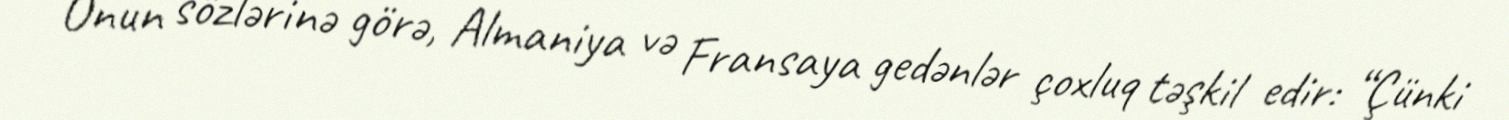
Onun sözlərinə görə, Almaniya və Fransaya gedənlər çoxluq təşkil edir: “Çünki